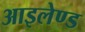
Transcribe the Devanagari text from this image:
आइलेण्ड